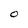
Character: O